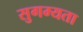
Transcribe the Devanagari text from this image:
सुगम्यता